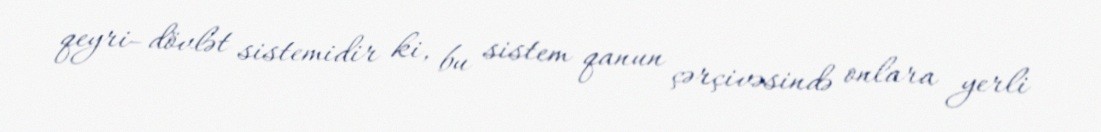
qeyri–dövlət sistemidir ki, bu sistem qanun çərçivəsində onlara yerli